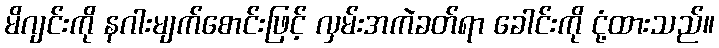
မိဂျင်းကို နဂါးမျက်စောင်းဖြင့် လှမ်းအကဲခတ်ရာ ခေါင်းကို ငုံ့ထားသည်။